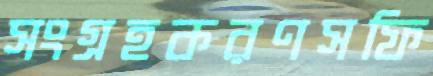
সংগ্রহকরণসফি